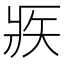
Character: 𤕺